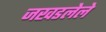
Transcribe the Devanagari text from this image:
जखडलेले